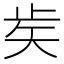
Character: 𥎩